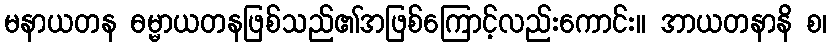
မနာယတန ဓမ္မာယတနဖြစ်သည်၏အဖြစ်ကြောင့်လည်းကောင်း။ အာယတနာနိ စ၊